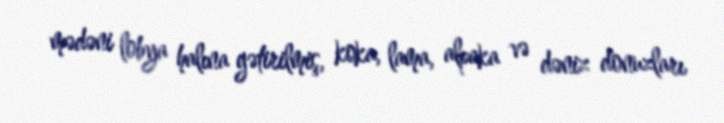
mədəni lobya halına gətirilmiş, koka, lama, alpaka və dəniz donuzları